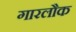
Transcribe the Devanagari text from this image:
गारलौक